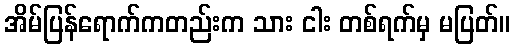
အိမ်ပြန်ရောက်ကတည်းက သား ငါး တစ်ရက်မှ မပြတ်။